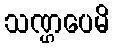
သဏ္ဌပေမိ